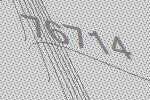
76714